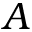
A